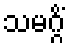
သမဂ္ဂိံ